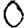
Digit: 0